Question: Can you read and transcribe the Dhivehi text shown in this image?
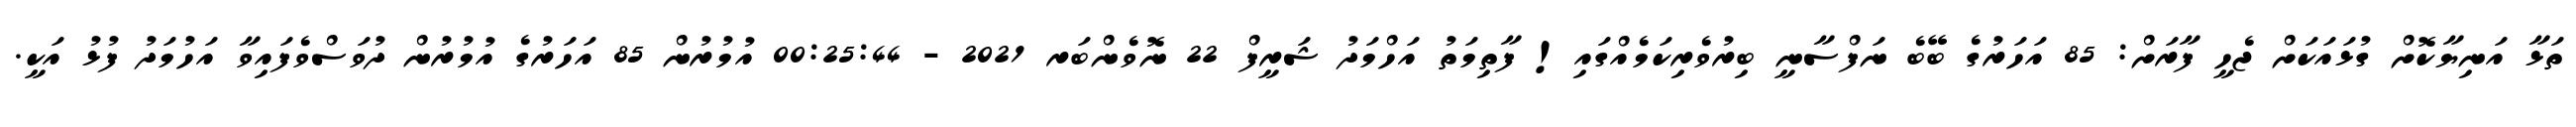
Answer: ތަޅާ އަނިޔާކޮށް ގުޅައަކަށް ޖެހީ ފާރަށް: 85 އަހަރުގެ ބޭބެ ނަފްސާނީ ބިރުވެރިކަމެއްގައި! ފާތިމަތު އަހްމަދު ޝަރީފް 22 ނޮވެންބަރ 2021 - 00:25:44 އުމުރުން 85 އަހަރުގެ އުމުރުން ދުވަސްވެފައިވާ އަހުމަދު ފުޅު އަކީ.